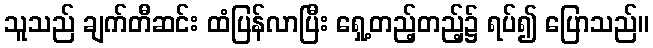
သူသည် ချက်တီဆင်း ထံပြန်လာပြီး ရှေ့တည့်တည့်၌ ရပ်၍ ပြောသည်။